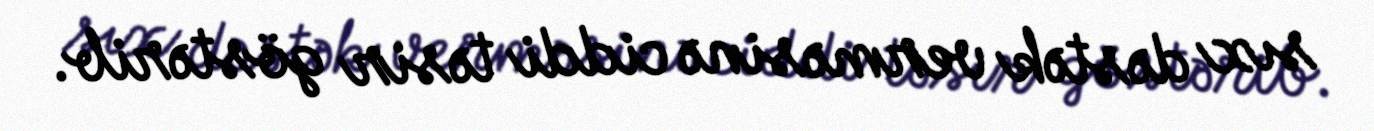
sıx dəstək verməsinə ciddi təsir göstərib.